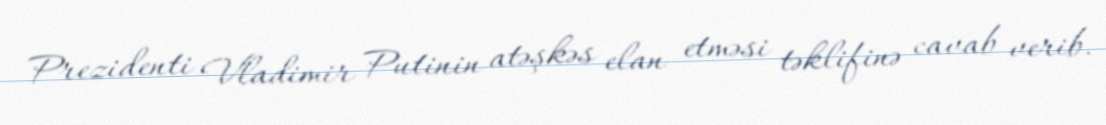
Prezidenti Vladimir Putinin atəşkəs elan etməsi təklifinə cavab verib.